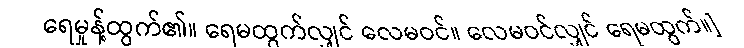
ရေမှုန့်ထွက်၏။ ရေမထွက်လျှင် လေမဝင်။ လေမဝင်လျှင် ရေမထွက်။]